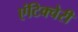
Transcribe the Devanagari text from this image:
एंटिक्चेरी